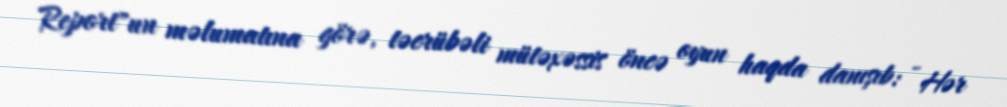
Report"un məlumatına görə, təcrübəli mütəxəssis öncə oyun haqda danışıb: - Hər